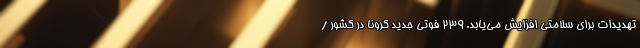
تهدیدات برای سلامتی افزایش می‌یابد. ۲۳۹ فوتی جدید کرونا در کشور /